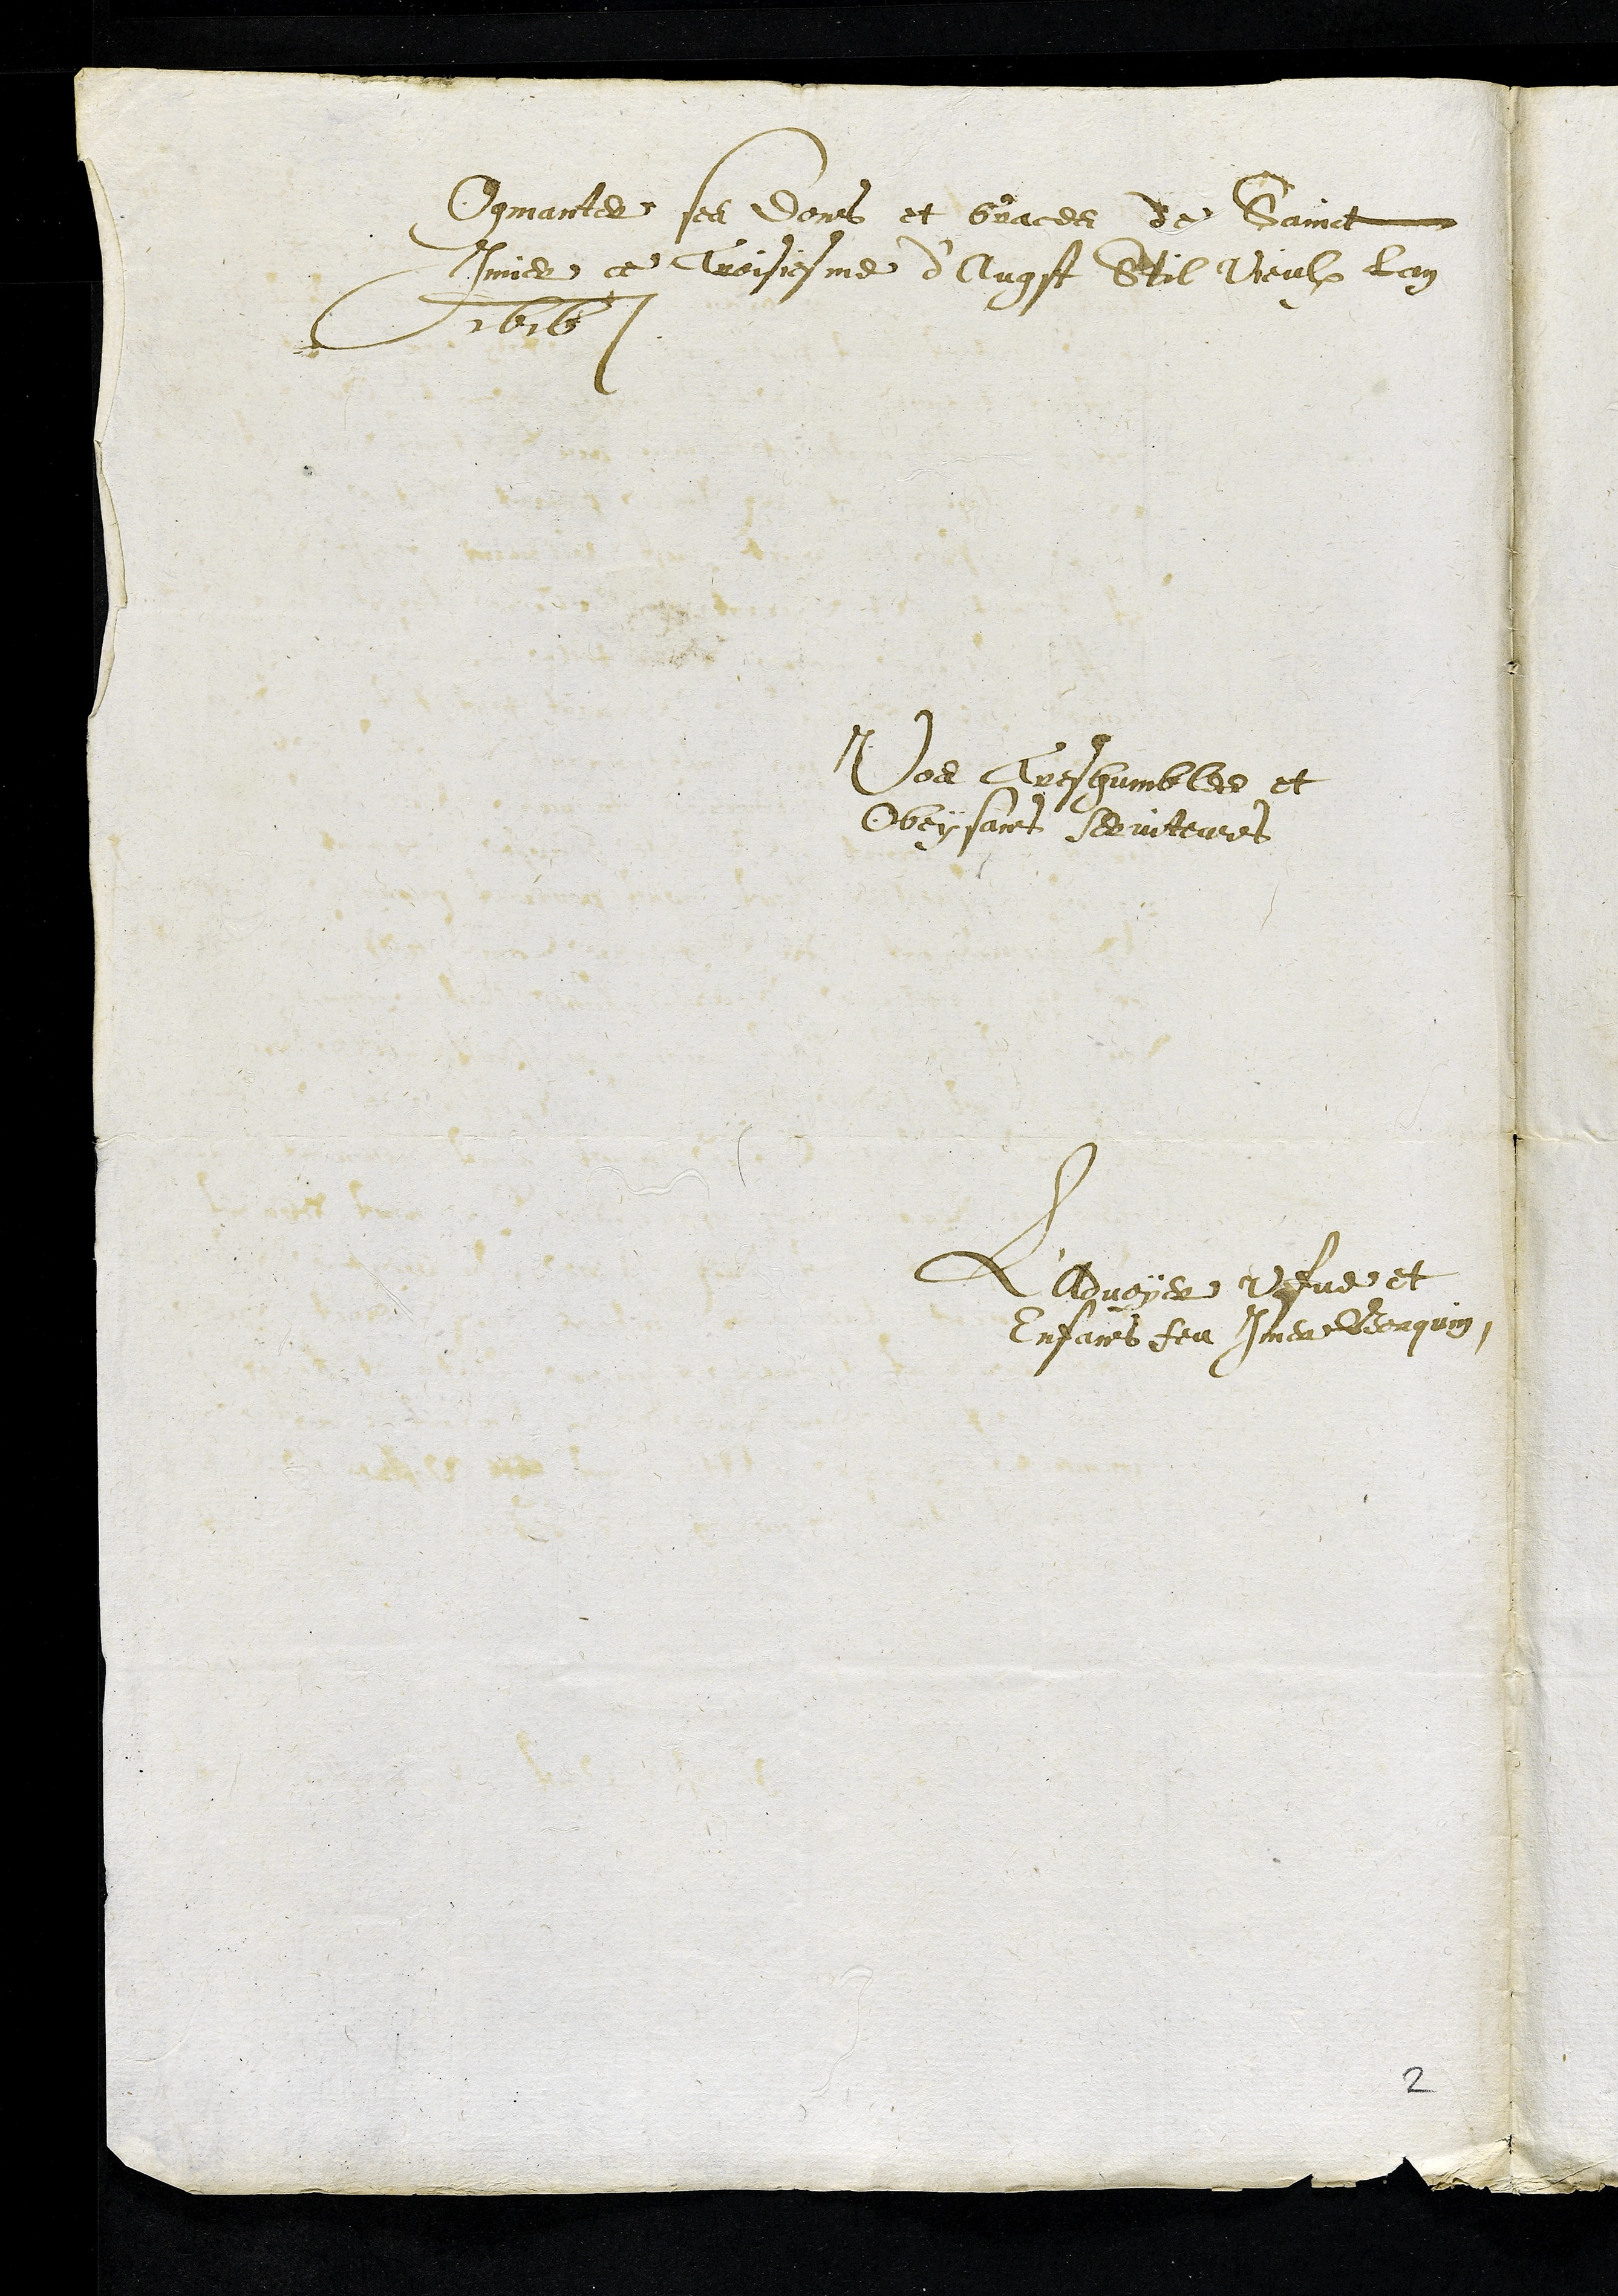
Ogmanter ses dons et Graces de Sainct
Imier ce Troisiesme d'Augst Stil vieulx Lan
1616
Vos Tres humbles et
Obeyssans serviteurs
L'Advoyer Vefve et
Enfans feu Imer Borquin
2